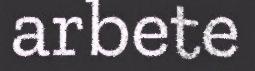
arbete